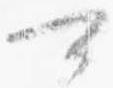
可